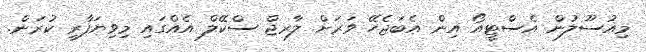
މިއުސޫލުން އެސްޓީއޯ އިން އެބަޖެހޭ ވަރަށް ލާރޖް ސްކޭލް އެއްގައި މިވިޔަފާރި ކުރަން.